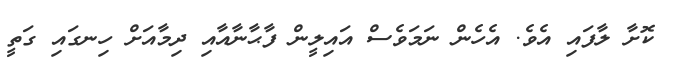
ކޮށާ ލާފައި އެވެ. އެހެން ނަމަވެސް އައިލީން ފާޙާނާއާއި ދިމާއަށް ހިނގައި ގަތީ